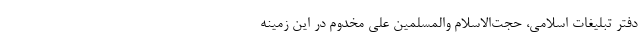
دفتر تبلیغات اسلامی، حجت‌الاسلام والمسلمین علی مخدوم در این زمینه